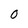
Character: 0